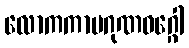
လောကကာမဂုဏဝဂ္ဂေါ